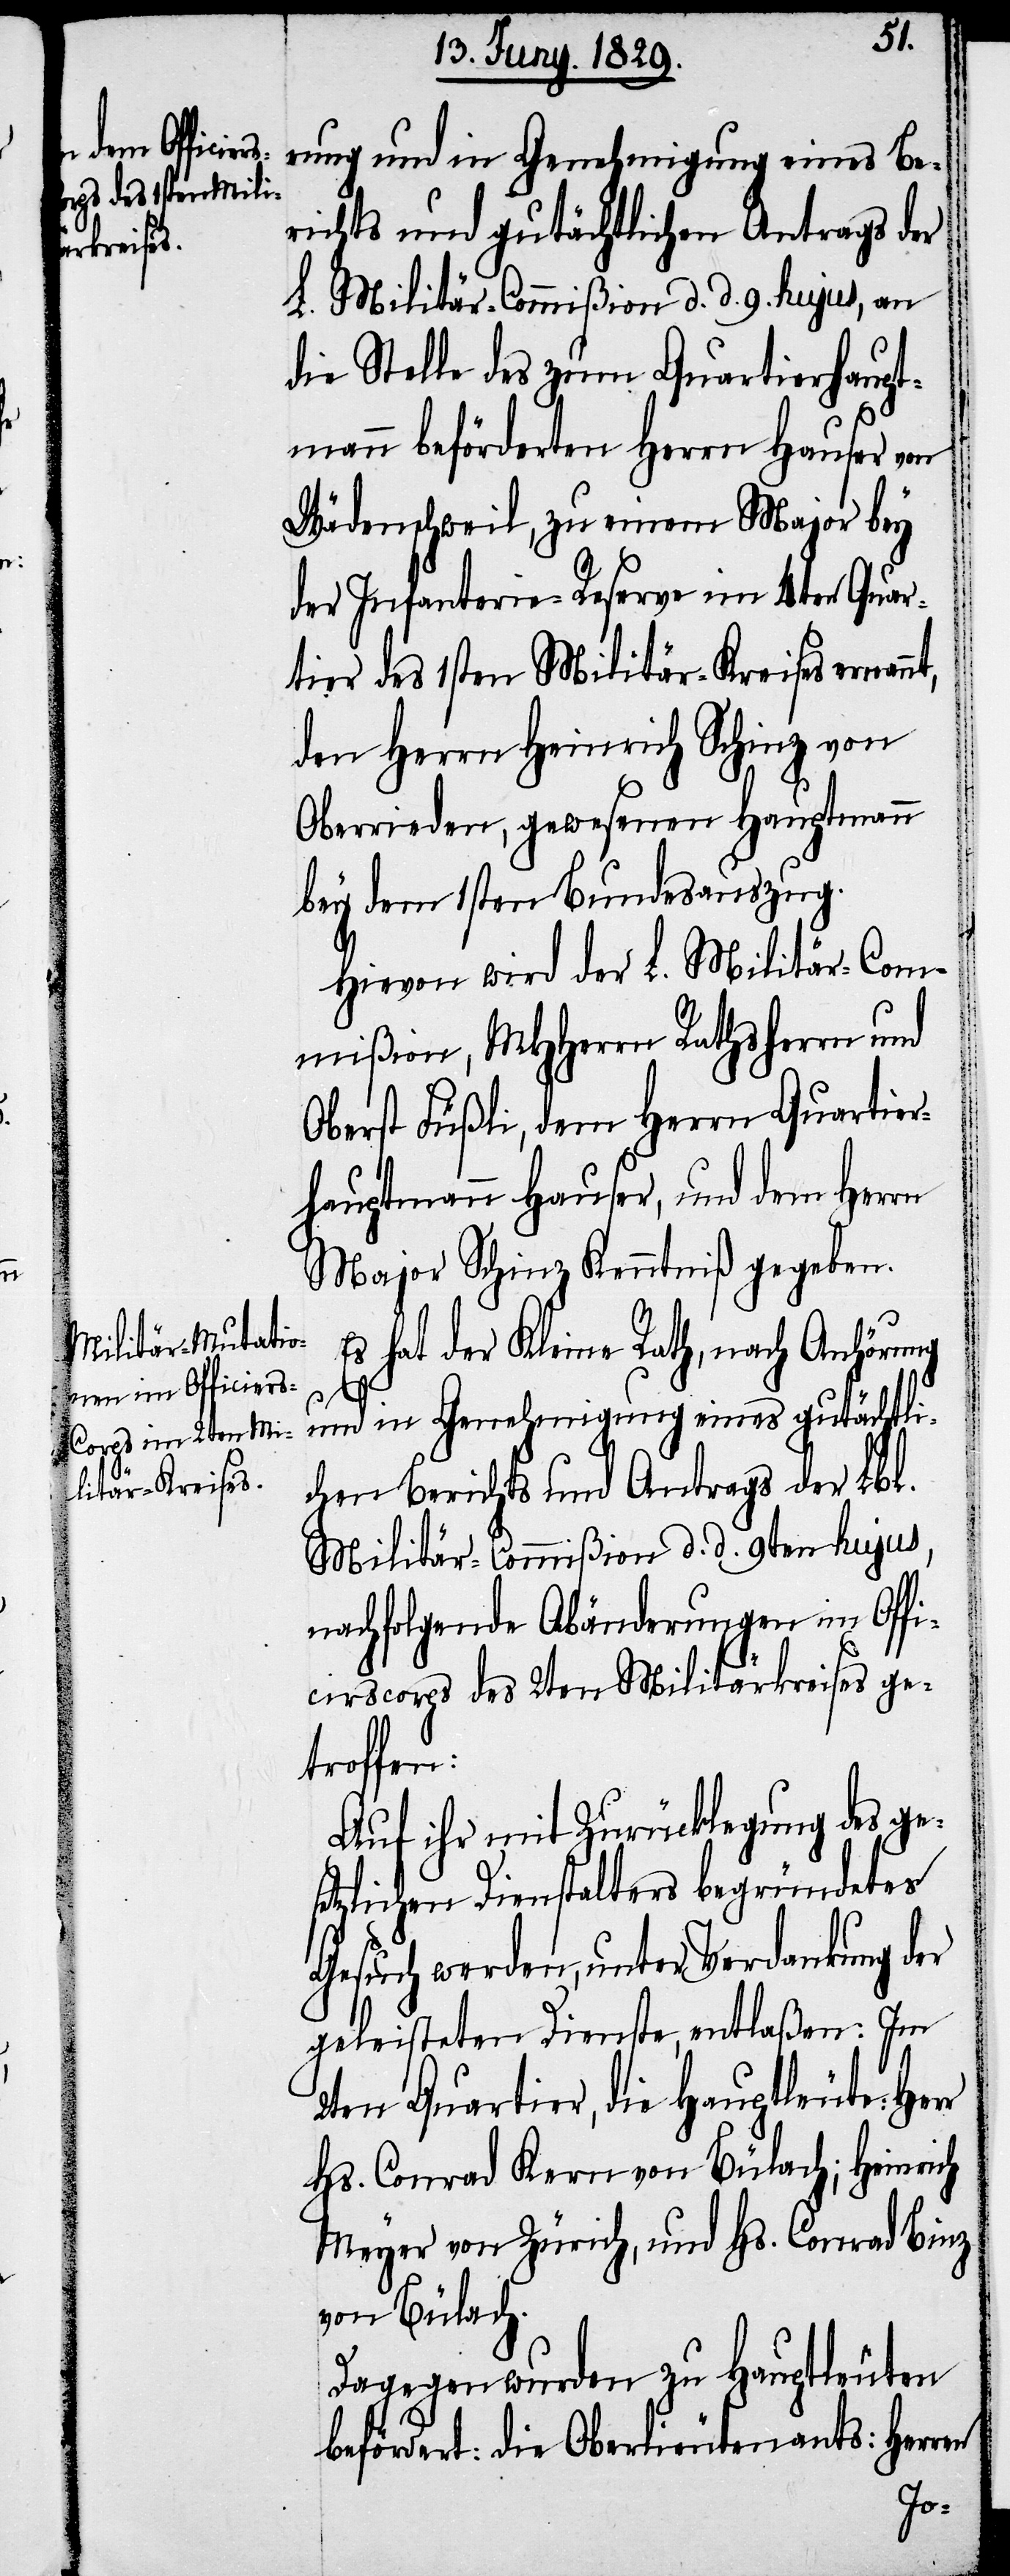
nt,
rung und in Genehmigung eines Be¬
richts und gutächtlichen Antrags der
L. Militär-Commißion d. d. 9. hujus, an
die Stelle des zum Quartierhaupt¬
mann beförderten Herrn Hauser von
Wädenschweil, zu einem Major bey
der Infanterie-Reserve im 4ten Quar¬
tier des 1sten Militär-Kreises ernan¬
den Herrn Heinrich Schinz von
Oberrieden, gewesenen Hauptmann
bey dem 1sten Bundesauszug.
Hievon wird er L. Militär-Com¬
mißion, MHHerrn Rathsherrn und
Oberst Füßli, dem Herrn Quartier¬
hauptmann Hauser, und dem Herrn
Major Schinz Kenntniß gegeben.
Es hat der Kleine Rath, nach Anhörung
und in Genehmigung eines gutächtli¬
chen Berichts und Antrags der Lbl.
Militär-Commißion d. d. 9ten hujus,
nachfolgende Abänderungen im Offi¬
cirscorps des 2ten Militärkreises ge¬
troffen:
Auf ihr mit Zurücklegung des ges¬
etzlichen Dienstalters begründetes
Gesuch werden, unter Verdankung der
geleisteten Dienste, entlaßen: Im
2ten Quartier, die Hauptleute:
Hs. Conrad Kern von Bülach; Heinrich
Meyer von Zürich, und Hs. Conrad Binz
von Bülach.
Dagegen wurden zu Hauptleuten
befördert: die Oberlieutenants: Herren